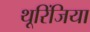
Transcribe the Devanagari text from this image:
थूरिंजिया